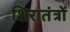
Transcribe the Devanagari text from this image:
शिरातंत्रों